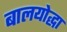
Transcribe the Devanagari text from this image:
बालयोद्धा